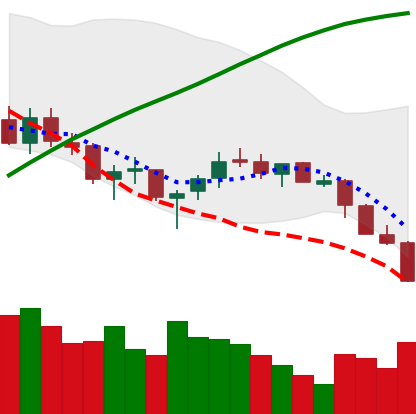
Ticker: LTC-USD
Chart end date: 2018-03-29
Forward return: 17.258%
Label: up_7plus